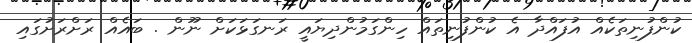
ކުންފުނިތަކެއް އުފައްދާ އެ ކުންފުނިތައް ހިންގަމުންދިޔައީ ރަނގަޅަކަށް ނޫން . ބައެއް ރަށްރަށުގައި